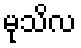
မုသိလ